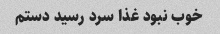
خوب نبود غذا سرد رسید دستم